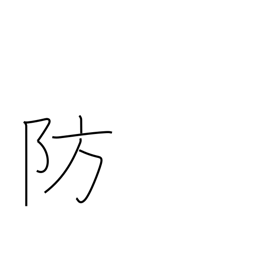
Meaning: ward off